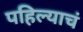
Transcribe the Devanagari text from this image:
पहिल्याचं